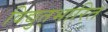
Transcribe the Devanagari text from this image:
विद्युत्‌भारित